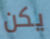
يكن